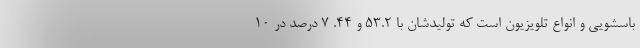
باسشویی و انواع تلویزیون است که تولیدشان با ۵۳.۲ و ۴۴. ۷ درصد در ۱۰